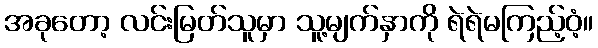
အခုတော့ လင်းမြတ်သူမှာ သူ့မျက်နှာကို ရဲရဲမကြည့်ဝံ့။